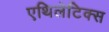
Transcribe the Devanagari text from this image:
एथिलेटिक्स